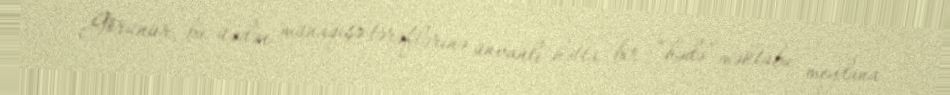
Görünür, bu üzdən münaqişə tərəflərinə ünvanlı hətta bir “hədə” məktubu meydana